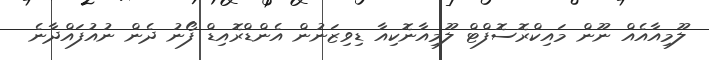
ލޫމިއާއެއް ނޫން މައިކްރޮސޮފްޓް ލޫމިއާނޮކިއާ ޑިވިޒަނުން އެންޑްރޮއިޑް ފޯނު ދެން ނުއުފައްދާނެ